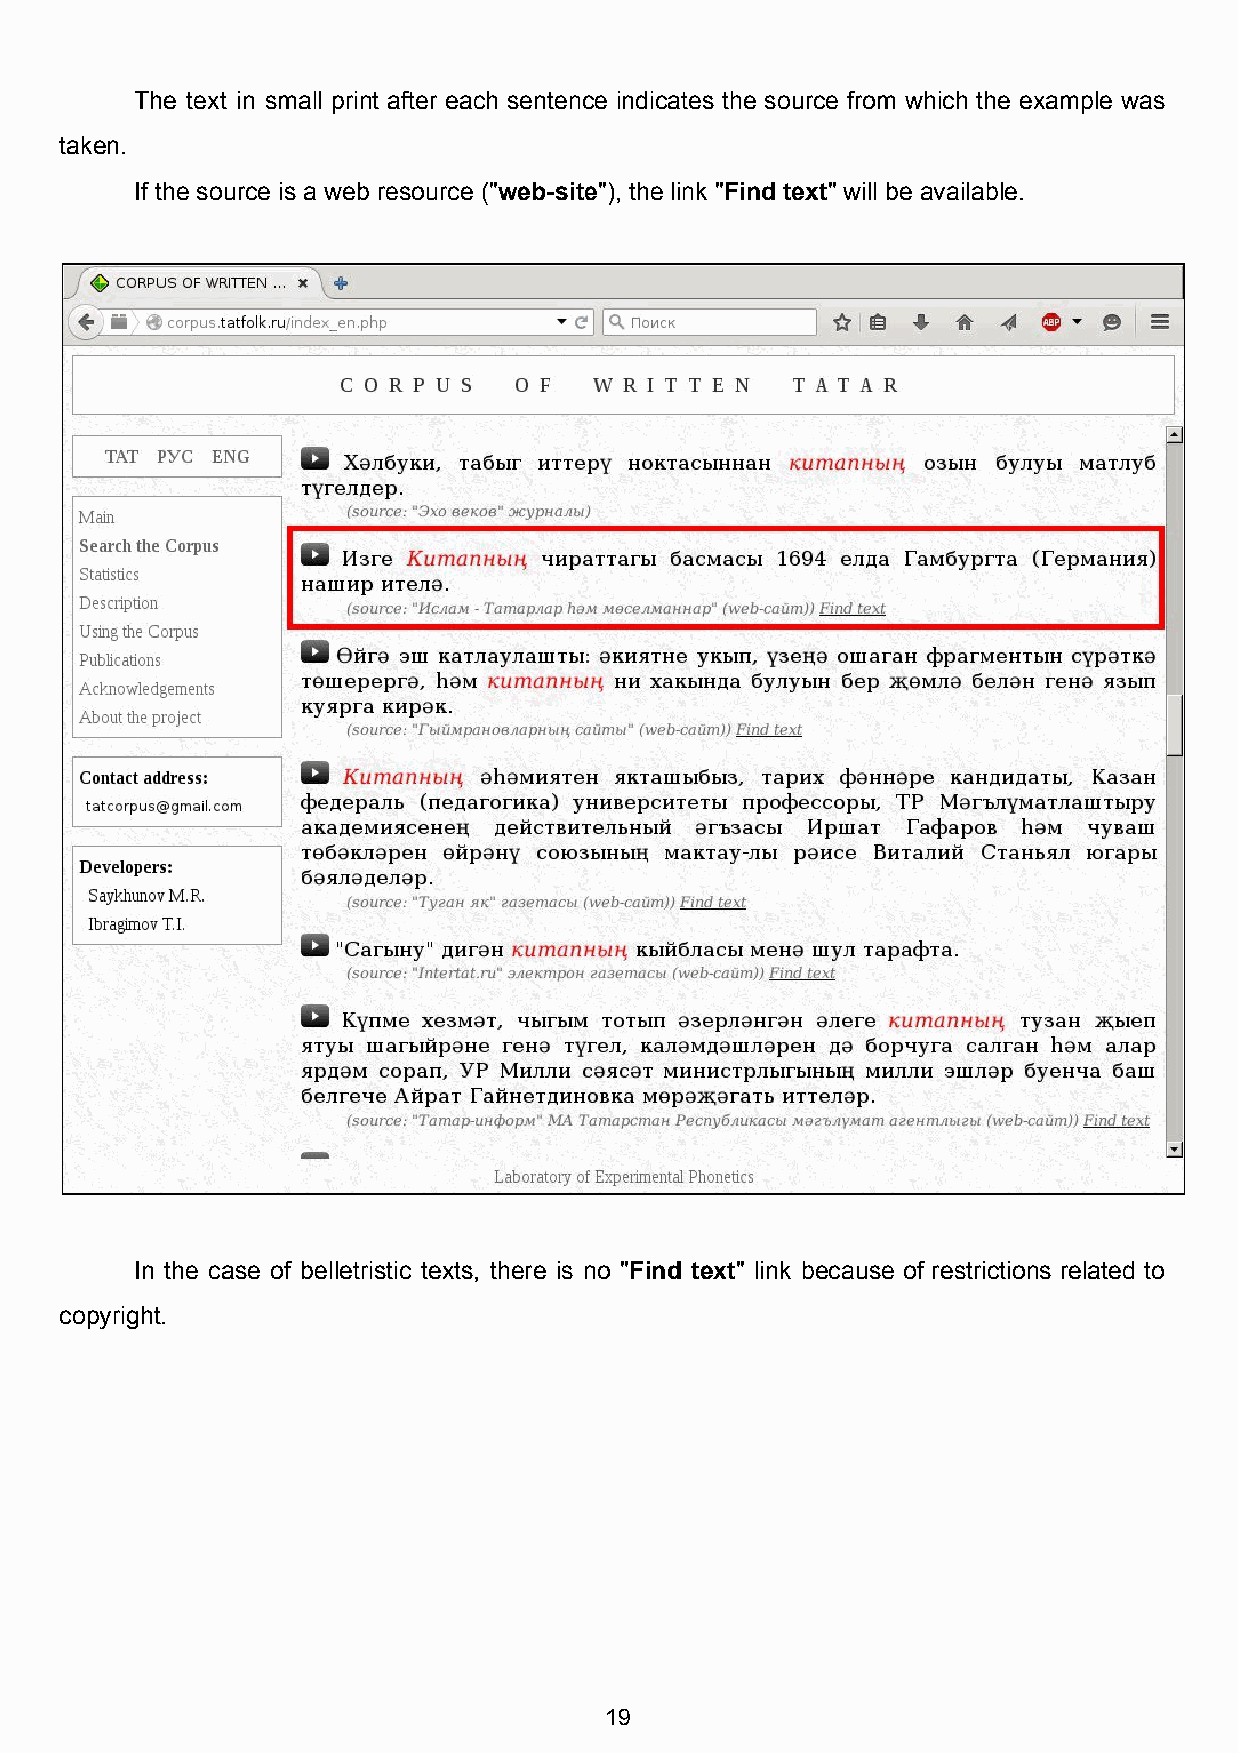
The text in small print after each sentence indicates the source from which the example was
 taken.
 If the source is a web resource ("web­site"), the link "Find text" will be available.
 ​      ​       ​      ​
 In the case of belletristic texts, there is no "Find text" link because of restrictions related to
 ​      ​
 copyright.
 19